Vaccination in Bombay 1856-1862 - 1856-1862
Year: 1856
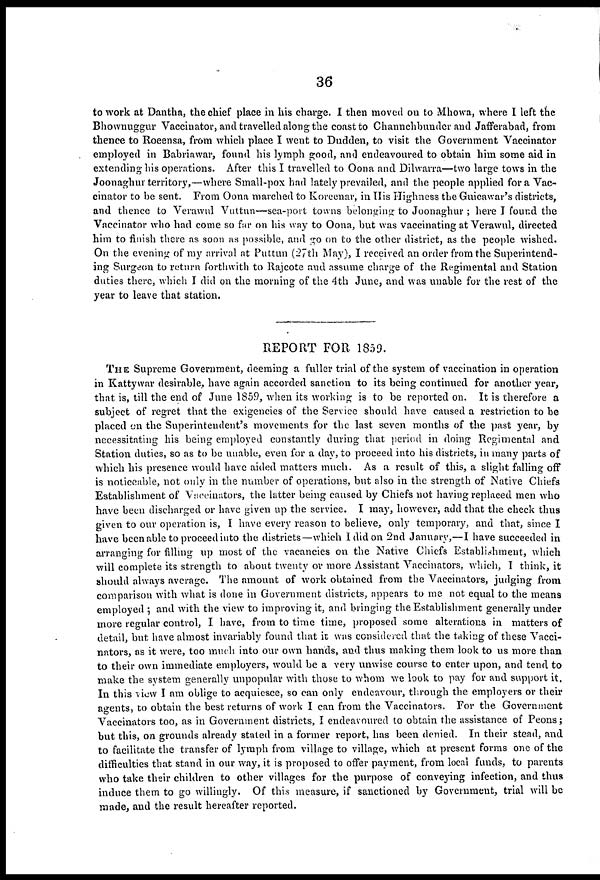
36
to work at Dantha, the chief place in his charge. I then moved on to Mhowa, where I left the
Bhownuggur Vaccinator, and travelled along the coast to Channchbunder and Jafferabad, from
thence to Roeensa, from which place I went to Dudden, to visit the Government Vaccinator
employed in Babriawar, found his lymph good, and endeavoured to obtain him some aid in
extending his operations. After this I travelled to Oona and Dilwarra—two large tows in the
Joonaghur territory,—where Small-pox had lately prevailed, and the people applied for a Vac-
cinator to be sent. From Oona marched to Koreenar, in His Highness the Guicawar's districts,
and thence to Verawul Vuttun—sea-port towns belonging to Joonaghur ; here I found the
Vaccinator who had come so far on his way to Oona, but was vaccinating at Verawul, directed
him to finish there as soon as possible, and go on to the other district, as the people wished.
On the evening of my arrival at Puttun (27th May), I received an order from the Superintend-
ing Surgeon to return forthwith to Rajcote and assume charge of the Regimental and Station
duties there, which I did on the morning of the 4th June, and was unable for the rest of the
year to leave that station.
REPORT FOR 1859.
THE Supreme Government, deeming a fuller trial of the system of vaccination in operation
in Kattywar desirable, have again accorded sanction to its being continued for another year,
that is, till the end of June 1859, when its working is to be reported on. It is therefore a
subject of regret that the exigencies of the Service should have caused a restriction to be
placed on the Superintendent's movements for the last seven months of the past year, by
necessitating his being employed constantly during that period in doing Regimental and
Station duties, so as to be unable, even for a day, to proceed into his districts, in many parts of
which his presence would have aided matters much. As a result of this, a slight falling off
is noticeable, not only in the number of operations, but also in the strength of Native Chiefs
Establishment of Vaccinators, the latter being caused by Chiefs not having replaced men who
have been discharged or have given up the service. I may, however, add that the check thus
given to our operation is, I have every reason to believe, only temporary, and that, since I
have been able to proceed into the districts—which I did on 2nd January,—I have succeeded in
arranging for filling up most of the vacancies on the Native Chiefs Establishment, which
will complete its strength to about twenty or more Assistant Vaccinators, which, I think, it
should always average. The amount of work obtained from the Vaccinators, judging from
comparison with what is done in Government districts, appears to me not equal to the means
employed ; and with the view to improving it, and bringing the Establishment generally under
more regular control, I have, from to time time, proposed some alterations in matters of
detail, but have almost invariably found that it was considered that the taking of these Vacci-
nators, as it were, too much into our own hands, and thus making them look to us more than
to their own immediate employers, would be a very unwise course to enter upon, and tend to
make the system generally unpopular with those to whom we look to pay for and support it.
In this view I am oblige to acquiesce, so can only endeavour, through the employers or their
agents, to obtain the best returns of work I can from the Vaccinators. For the Government
Vaccinators too, as in Government districts, I endeavoured to obtain the assistance of Peons;
but this, on grounds already stated in a former report, has been denied. In their stead, and
to facilitate the transfer of lymph from village to village, which at present forms one of the
difficulties that stand in our way, it is proposed to offer payment, from local funds, to parents
who take their children to other villages for the purpose of conveying infection, and thus
induce them to go willingly. Of this measure, if sanctioned by Government, trial will be
made, and the result hereafter reported.